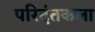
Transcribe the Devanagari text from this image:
परिदंतकला